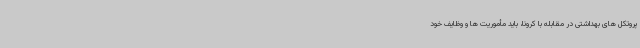
پروتکل های بهداشتی در مقابله با کرونا، باید مأموریت ها و وظایف خود